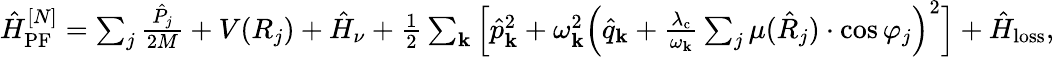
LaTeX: \begin{array}{r}{\hat{H}_{\mathrm{PF}}^{[N]}=\sum_{j}\frac{\hat{P}_{j}}{2M}+V(R_{j})+\hat{H}_{\nu}+\frac{1}{2}\sum_{\mathbf{k}}\Big[\hat{p}_{\mathbf k}^{2}+\omega_{\mathbf k}^{2}\Big(\hat{q}_{\mathbf k}+\frac{\lambda_{\mathrm{c}}}{\omega_{\mathbf k}}\sum_{j}\mu(\hat{R}_{j})\cdot\cos\varphi_{j}\Big)^{2}\Big]+\hat{H}_{\mathrm{loss}},}\end{array}